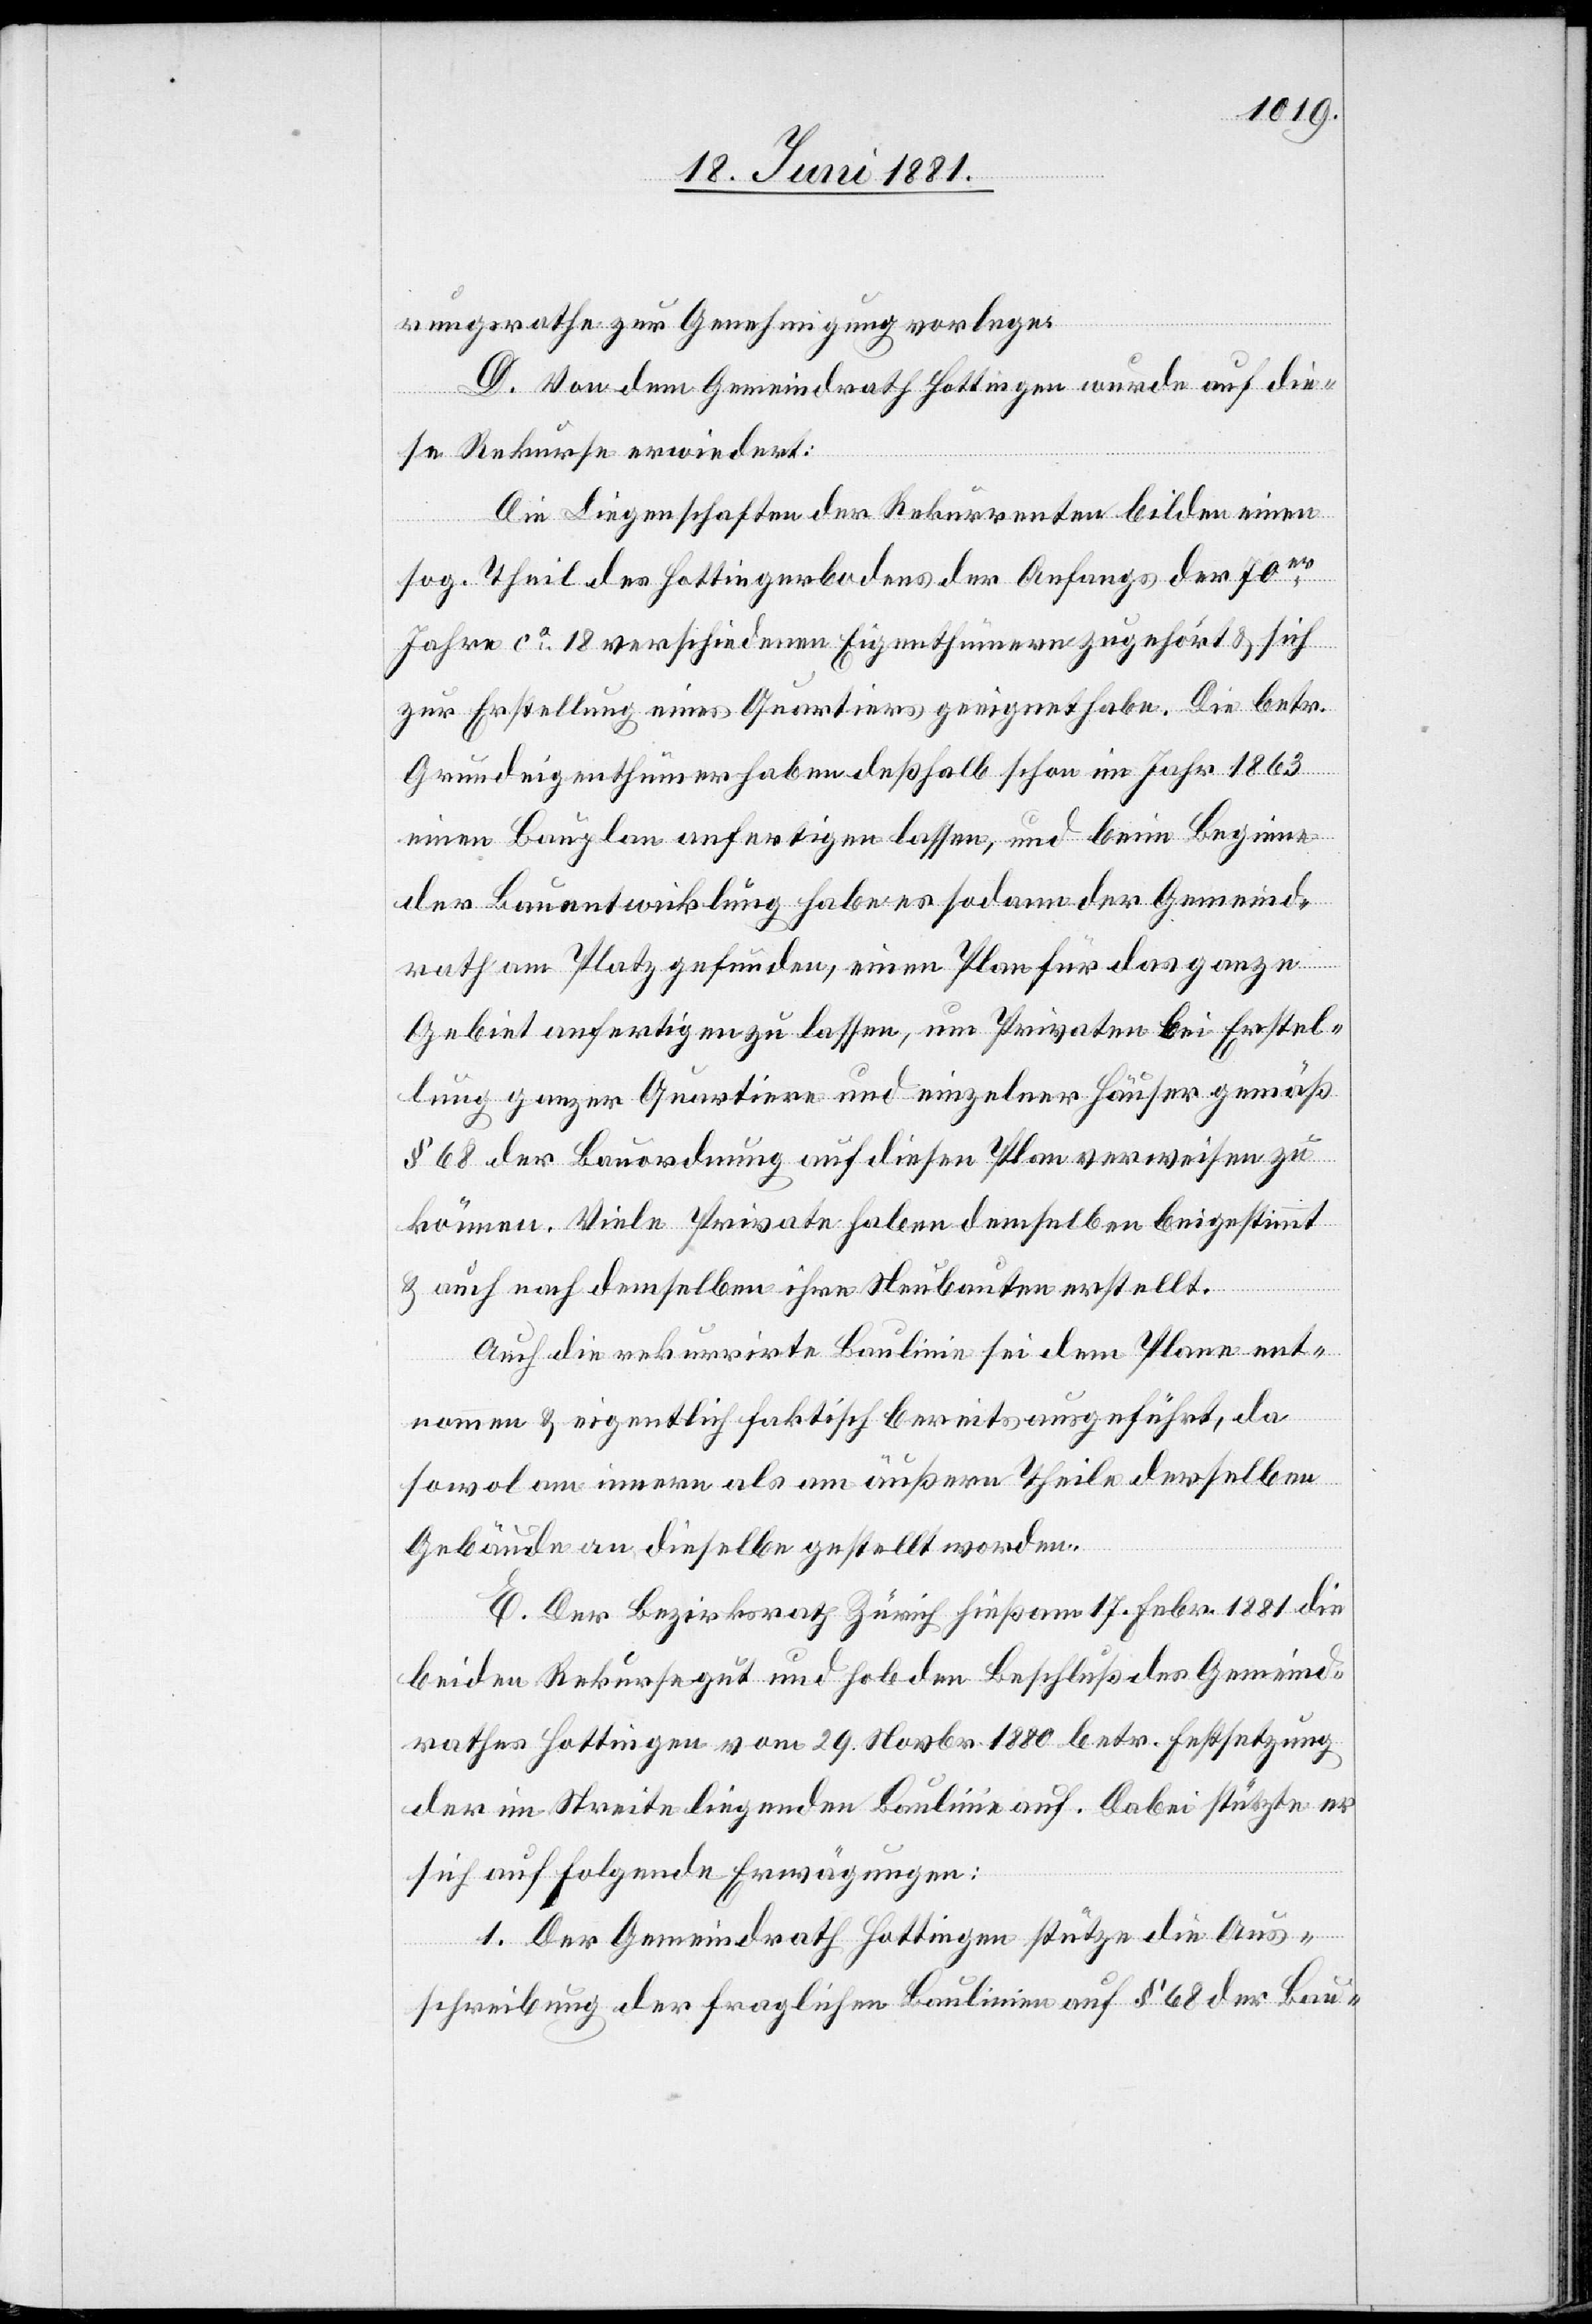
rungsrathe zur Genehmigung vorlege.
D. Von dem Gemeindrath Hottingen wurde auf die¬
se Rekurse erwiedert:
Die Liegenschaften der Rekurrenten bilden einen
sog. Theil des Hottingerbodens der Anfangs der 70er
Jahre ca 18 verschiedenen Eigenthümern zugehört & sich
zur Erstellung eines Quartiers geeignet habe. Die betr.
Grundeigenthümer haben deßhalb schon im Jahr 1863
einen Bauplan anfertigen lassen, und beim Beginne
der Bauentwicklung habe es sodann der Gemeind¬
rath am Platz gefunden, einen Plan für das ganze
Gebiet anfertigen zu lassen, um Privaten bei Erstel¬
lung ganzer Quartiere und einzelner Häuser gemäß
§ 68 der Bauordnung auf diesen Plan verweisen zu
können. Viele Private haben demselben beigestimmt
& auch nach demselben ihre Neubauten erstellt.
Auch die rekurrirte Baulinie sei dem Plane ent¬
nommen & eigentlich faktisch bereits ausgeführt, da
sowol am innern als am äußern Theile derselben
Gebäude an dieselbe gestellt worden.
E. Der Bezirksrath Zürich hieß am 17. Febr. 1881 die
beiden Rekurse gut und hob den Beschluß des Gemeind¬
rathes Hottingen vom 29. Novbr. 1880 betr. Festsetzung
der im Streite liegenden Baulinien auf. Dabei stützte er
sich auf folgende Erwägungen:
1. Der Gemeindrath Hottingen stütze die Aus¬
schreibung der fraglichen Baulinien auf § 68 der Bau-